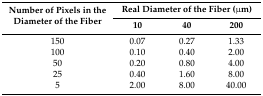
| <ROWSPAN=2> Number of Pixels in the Diameter of the Fiber | <COLSPAN=3> Real Diameter of the Fiber (μm) |
 | 10 | 40 | 200 |
 | --- | --- | --- | --- |
 | 150 | 0.07 | 0.27 | 1.33 |
 | 100 | 0.10 | 0.40 | 2.00 |
 | 50 | 0.20 | 0.80 | 4.00 |
 | 25 | 0.40 | 1.60 | 8.00 |
 | 5 | 2.00 | 8.00 | 40.00 |